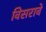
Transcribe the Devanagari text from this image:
विसरावे